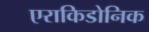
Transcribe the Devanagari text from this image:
एराकिडोनिक